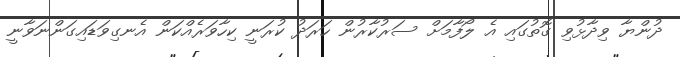
ދުންޔާ ވިދާޅުވި ގޮތުގައި އެ ލޯފާމަށް ސަރުކާރުން ހަރަދު ކުރަނީ ކިހާވަރެއްކަން އެނގިވަޑައިގަންނަވާނީ